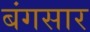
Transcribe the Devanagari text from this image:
बंगसार